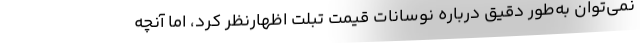
نمی‌توان به‌طور دقیق درباره نوسانات قیمت تبلت اظهارنظر کرد، اما آنچه